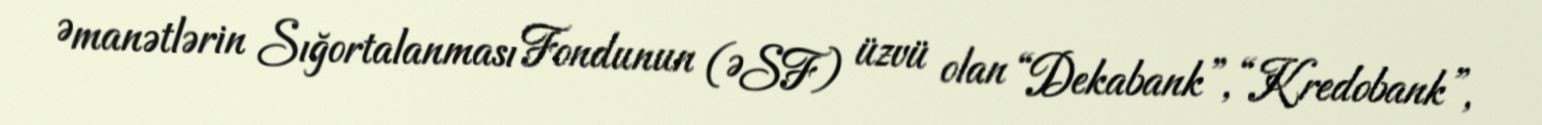
Əmanətlərin Sığortalanması Fondunun (ƏSF) üzvü olan “Dekabank”, “Kredobank”,